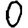
Digit: 0